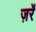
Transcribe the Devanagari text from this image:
ज़र्रे